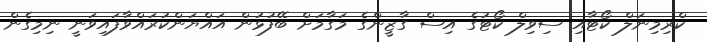
ކްރިމިނަލް ކޯޓާއި ސިވިލް ކޯޓުގެ އިސް ގާޒީންގެ މަގާމަށް ބޭފުޅުން އައްޔަންކުރައްވާފައިވަނީ ނިމިގެން